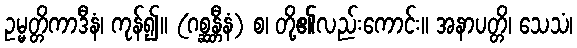
ဥမ္မတ္တိကာဒီနံ၊ ကုန်၍။ (ဂစ္ဆန္တီနံ) စ၊ တို့၏လည်းကောင်း။ အနာပတ္တိ၊ သေသံ၊